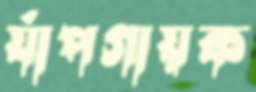
র্যাপগায়ক